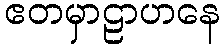
ဧတမှာဠာဟနေ